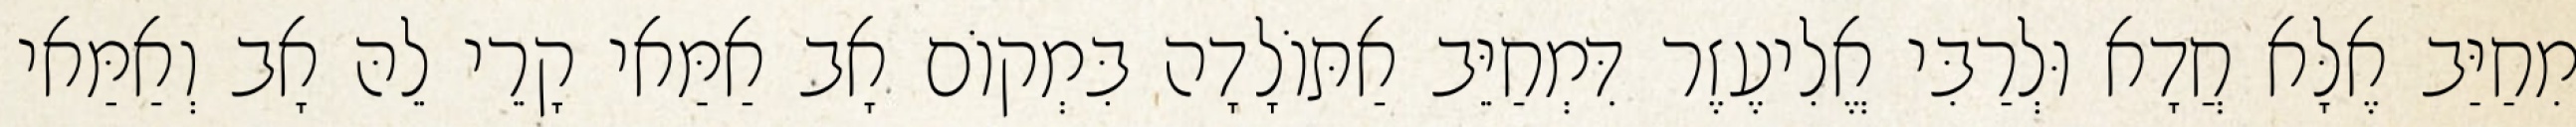
מִחַיַּב אֶלָּא חֲדָא וּלְרַבִּי אֱלִיעֶזֶר דִּמְחַיֵּב אַתּוֹלָדָה בִּמְקוֹם אָב אַמַּאי קָרֵי לֵהּ אָב וְאַמַּאי